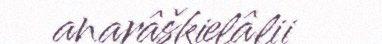
anarâškielâlii